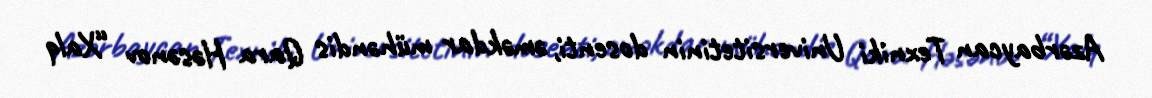
Azərbaycan Texniki Universitetinin dosenti, əməkdar mühəndis Qara Həsənov “Xalq